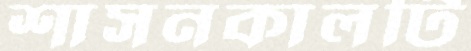
শাসনকালটি